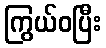
ကြွယ်ဝပြီး